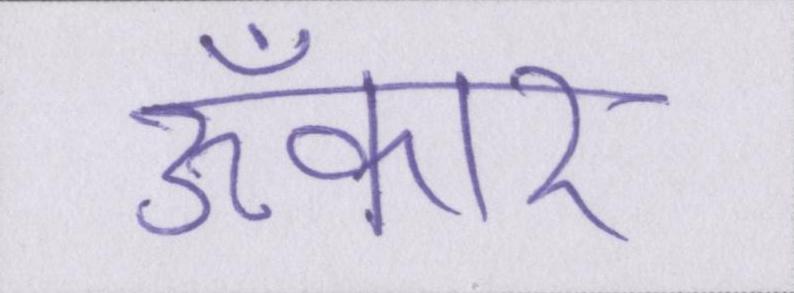
ॐकार